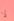
لا